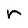
Character: r